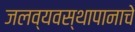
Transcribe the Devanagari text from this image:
जलव्यवस्थापानाचे